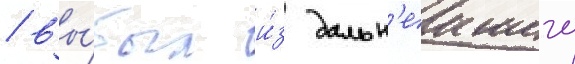
/ вы́был и́з дальн'еишего